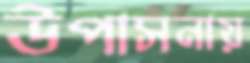
উপাসনায়